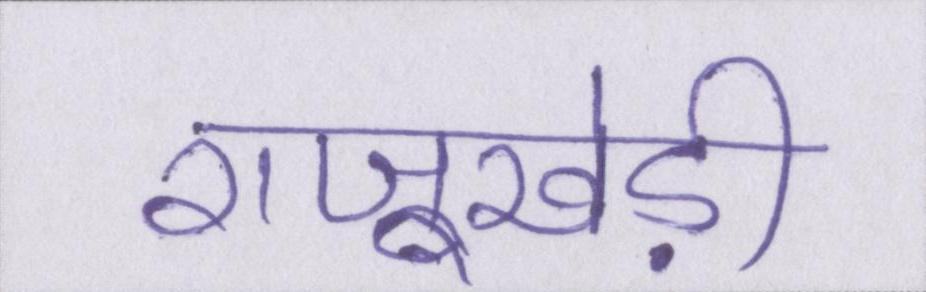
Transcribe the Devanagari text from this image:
राजूखेड़ी